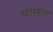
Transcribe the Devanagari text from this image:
पाणन